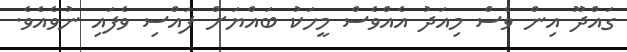
ގައްދޫ އިން ވެސް މިއަދު އެއްވެސް މީހަކު ބައްޔަށް ފައްސި ވެފައި ނުވެއެވެ.